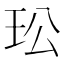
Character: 玜